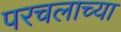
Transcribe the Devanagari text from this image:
परचलाच्या